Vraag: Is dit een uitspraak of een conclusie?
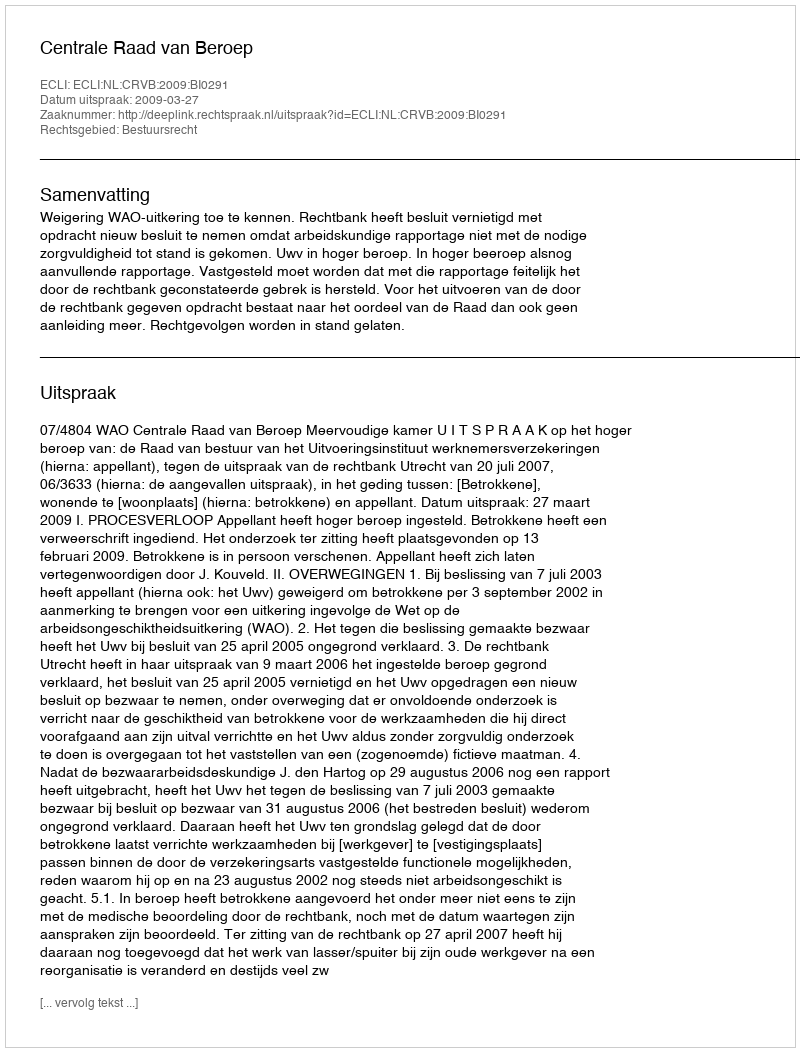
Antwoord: Uitspraak